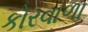
કોરવાળા